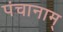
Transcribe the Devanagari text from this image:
पंचानाम्